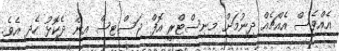
އެއްވެސް އެއްޗެއް ދިނުމަށް މިނިސްޓްރީ އޮފް ޖަސްޓިސް އިން ދެކޮޅު ހެދި އެވެ.